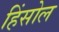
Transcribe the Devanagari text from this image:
हिंसोल